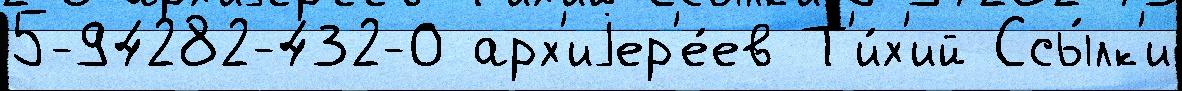
5-94282-432-0 арх'иjер'е́ев Т'и́х'ий Ссы́лк'и